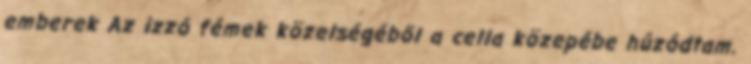
emberek Az izzó fémek közelségéből a cella közepébe húzódtam.